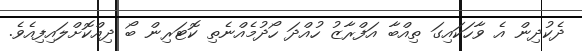
ދެކުދިން އެ ވާހަކައިގަ ތިއްބާ އަފްރާޒު ހުއްދަ ހޯދުމެއްނެތި ކޮޓަރިން ބޯ ދިއްކޮށްލައިފިއެވެ.